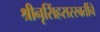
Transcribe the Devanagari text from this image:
श्रीनृसिंहसरस्वतींचे